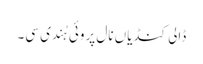
ڈالی کنڈیاں نال پروئی ہُندی سی۔